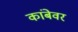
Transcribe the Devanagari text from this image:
कांबेवर